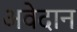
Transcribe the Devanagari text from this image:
अवेदान